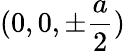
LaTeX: (0,0,\pm\frac{a}{2})